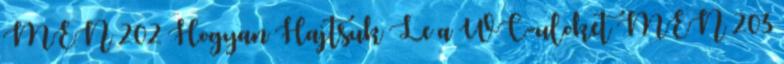
MEN 202 Hogyan Hajtsuk Le a WC-uloket MEN 203